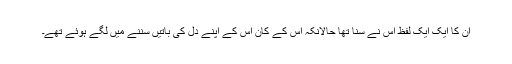
ان کا ایک ایک لفظ اُس نے سُنا تھا حالانکہ اُس کے کان اُس کے اپنے دل کی باتیں سننے میں لگے ہوئے تھے۔